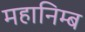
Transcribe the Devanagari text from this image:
महानिम्ब